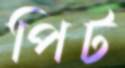
পিট